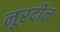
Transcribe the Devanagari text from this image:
नूरदीन